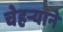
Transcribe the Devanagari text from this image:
चेहऱ्याने